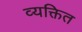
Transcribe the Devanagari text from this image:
व्यक्तित